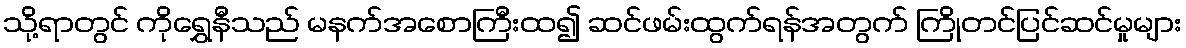
သို့ရာတွင် ကိုရွှေနီသည် မနက်အစောကြီးထ၍ ဆင်ဖမ်းထွက်ရန်အတွက် ကြိုတင်ပြင်ဆင်မှုများ